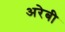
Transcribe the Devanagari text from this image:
अरेबी